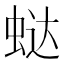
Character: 𰲻